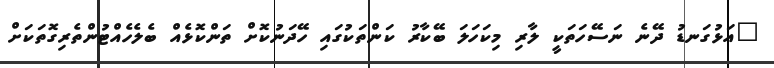
"އަޅުގަނޑު ދޭނެ ނަސޭހަތަކީ ލާރި މިކަހަލަ ބޭކާރު ކަންތަކުގައި ހޭދަނުކޮށް ތަންކޮޅެއް ބެލެހެއްޓުންތެރިގޮތަކަށް